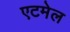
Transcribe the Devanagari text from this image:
एटमेल